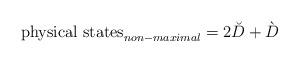
LaTeX: \begin{align*}\mbox{physical states}_{non-maximal}=2\breve{D}+\grave{D}\end{align*}